Civil Veterinary Department Bihar reports 1940-50 - 1940-1950
Year: 1940
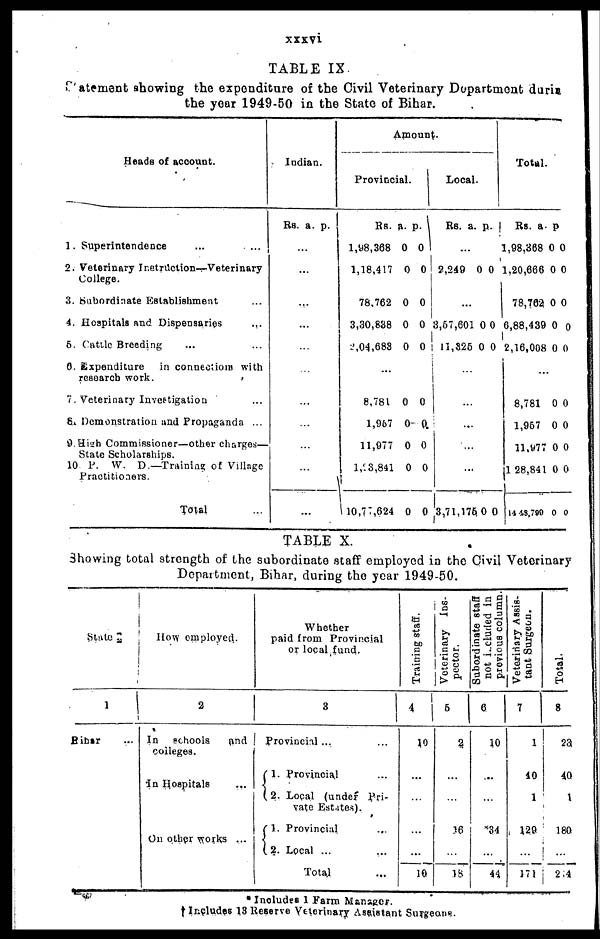
xxxvi
TABLE IX
Statement showing the expenditure of the Civil Veterinary Department duria
the year 1949-50 in the State of Bihar.
Heads of account.
1. Superintendence ... ...
2. Veterinary Inetruction-r-Veterinary
College.
3. Subordinate Establishment ...
4. Hospitals and Dispensaries
...
5. Cattle Breeding ... ...
6. Expenditure
in connections with
research work.
7. Veterinary Investigation ...
8. Demonstration and Propaganda ...
9.High Commissioner—other charges—
State Scholarships.
10 P. W. D—Training of Village
Practitioners.
Total ...
Indian.
RS. a. p.
...
...
...
...
...
...
...
...
...
..
...
Amount.
Provincial.
RS. a. p.
1,98,368 0 0
1,18,417 0 0
78,762 0 0
3,30,838 0 0
2,04,683 0 0
...
8,781 0 0
1,967 0 0.
11,977 0 0
1,23,841 0 0
10,77,624 0 0
Local.
Rs. a. p.
...
2,249 0 0
...
3,57,601 0 0
11,825 0 0
...
...
...
...
...
3,71,1760 0
Total.
Rs. a. p
1,98,368 0 0
1,20,666 0 0
78,762 0 0
6,88,439 0 0
2,16,008 0 0
...
8,781 0 0
1,967 0 0
11,977 0 0
1 28,841 0 0
14 48,790 0 0
TABLE X.
Showing total strength of the subordinate staff employed in the Civil Veterinary
Department, Bihar, during the year 1949-50.
State
1
Bihar
How employed.
2
In
schools
and
colleges.
in Hospitals ...
On other works ...
Whether
paid from Provincial
or local fund.
3
Provincial ... ...
1. Provincial ...
2. Local (under Pri-
vate Estates).
1. Provincial ...
2. Local ... ...
Total ...
Training staff.
4
10
...
...
...
...
10
Veterinary Ins-
pector.
5
2.
...
...
16
...
18
Subordinate staff
not included in
previous column.
6
10
...
...
*34
...
44
Veteririary Assis-
tant Surgeon.
7
1
40
1
129
...
171
Total.
8
23
40
1
180
...
214
*Includes 1 Farm Manager.
† Includes 13 Reserve Veterinary Assistant Surgeons.